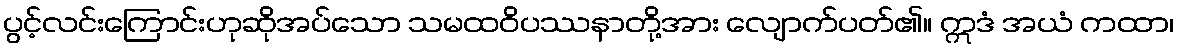
ပွင့်လင်းကြောင်းဟုဆိုအပ်သော သမထဝိပဿနာတို့အား လျောက်ပတ်၏။ ဣဒံ အယံ ကထာ၊